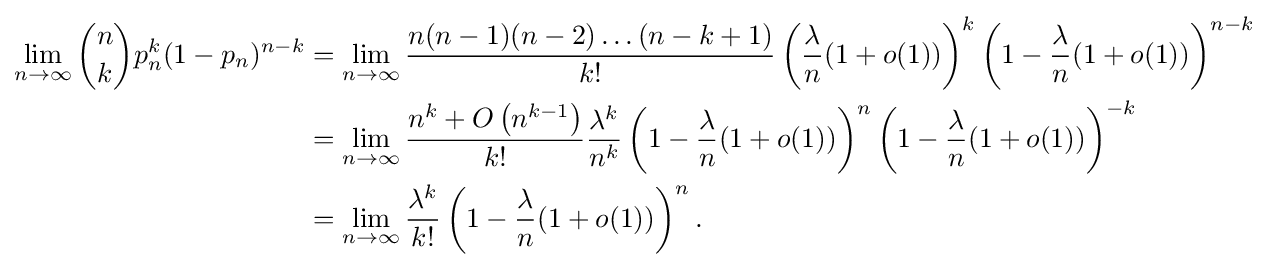
{\begin{aligned}\lim \limits _{n\rightarrow \infty }{n \choose k}p_{n}^{k}(1-p_{n})^{n-k}&=\lim _{n\to \infty }{\frac {n(n-1)(n-2)\dots (n-k+1)}{k!}}\left({\frac {\lambda }{n}}(1+o(1))\right)^{k}\left(1-{\frac {\lambda }{n}}(1+o(1))\right)^{n-k}\\&=\lim _{n\to \infty }{\frac {n^{k}+O\left(n^{k-1}\right)}{k!}}{\frac {\lambda ^{k}}{n^{k}}}\left(1-{\frac {\lambda }{n}}(1+o(1))\right)^{n}\left(1-{\frac {\lambda }{n}}(1+o(1))\right)^{-k}\\&=\lim _{n\to \infty }{\frac {\lambda ^{k}}{k!}}\left(1-{\frac {\lambda }{n}}(1+o(1))\right)^{n}.\end{aligned}}